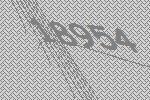
18954